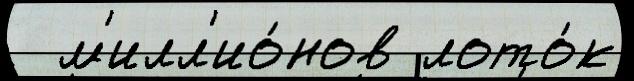
  м'илл'ио́нов лото́к